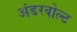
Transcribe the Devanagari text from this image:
अंडरवोल्ट